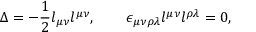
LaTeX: \Delta = - { \frac { 1 } { 2 } } l _ { \mu \nu } l ^ { \mu \nu } , \quad \quad \epsilon _ { \mu \nu \rho \lambda } l ^ { \mu \nu } l ^ { \rho \lambda } = 0 ,